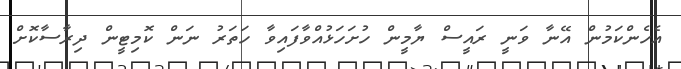
އެހެންކަމުން އޭނާ ވަނީ ރައީސް ޔާމީން ހުށަހަޅުއްވާފައިވާ ހަތަރު ނަން ކޮމިޓީން ދިރާސާކޮށް